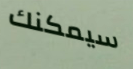
سيمكنك